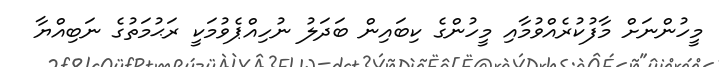
މީހުންނަށް މާފުކުރެއްވުމާއި މީހުންގެ ކިބައިން ބަދަލު ނުހިއްޕެވުމަކީ ރަޙުމަތުގެ ނަބިއްޔާ